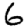
Digit: 6